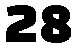
28